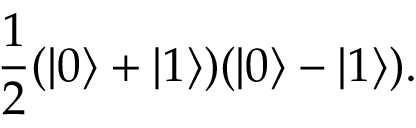
{ \frac { 1 } { 2 } } ( | 0 \rangle + | 1 \rangle ) ( | 0 \rangle - | 1 \rangle ) .